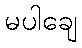
မပါချေ